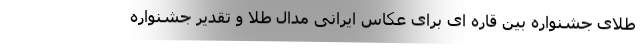
طلای جشنواره بین قاره ای برای عکاس ایرانی مدال طلا و تقدیر جشنواره